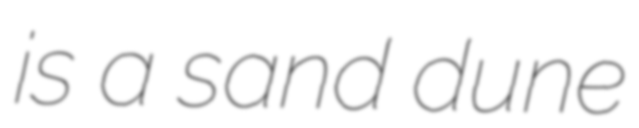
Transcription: is a sand dune